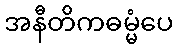
အနီတိကဓမ္မံပေ